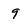
Character: 9